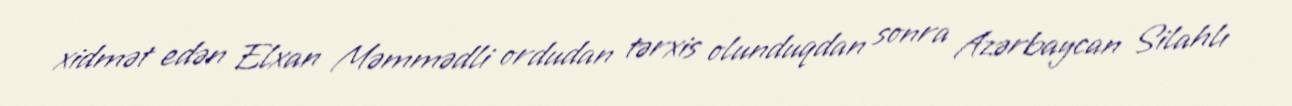
xidmət edən Elxan Məmmədli ordudan tərxis olunduqdan sonra Azərbaycan Silahlı